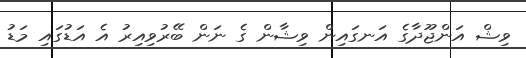
ވިޝް އަންޖޫދާގެ އަނގައިން ވިޝާން ގެ ނަން ބޭރުވިއިރު އެ އަޑުގައި މަޑު